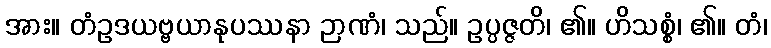
အား။ တံဥဒယဗ္ဗယာနုပဿနာ ဉာဏံ၊ သည်။ ဥပ္ပဇ္ဇတိ၊ ၏။ ဟိသစ္စံ၊ ၏။ တံ၊